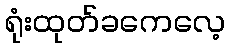
ရုံးထုတ်ခကေလေ့